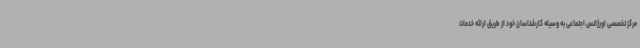
مرکز تخصصی اورژانس اجتماعی به وسیله کارشناسان خود از طریق ارائه خدمات